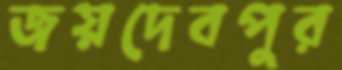
জয়দেবপুর